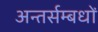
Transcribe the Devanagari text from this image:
अन्तर्सम्बधों